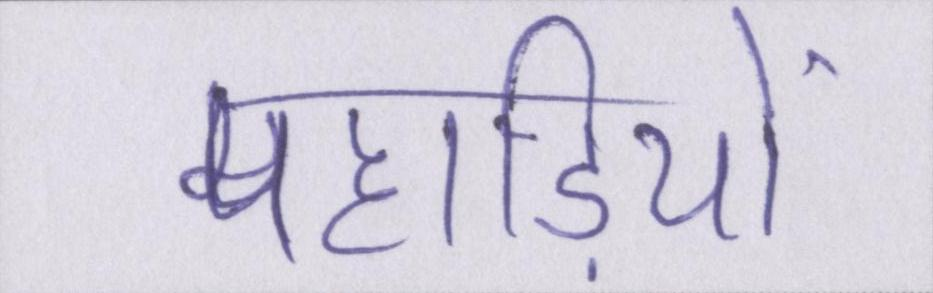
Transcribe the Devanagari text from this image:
पहाड़ियो